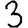
Digit: 3